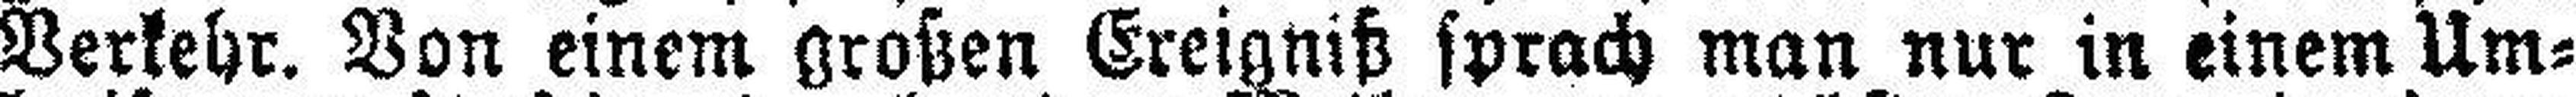
Verkehr. Von einem großen Ereigniß sprach man nur in einem Um¬